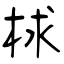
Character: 梂